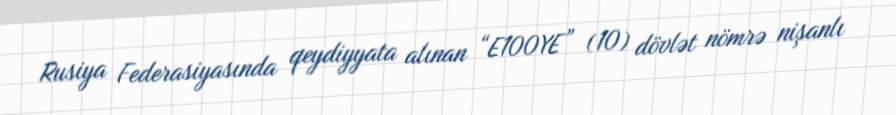
Rusiya Federasiyasında qeydiyyata alınan “E100YE” (10) dövlət nömrə nişanlı